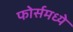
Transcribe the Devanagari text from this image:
फोर्समध्ये